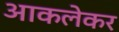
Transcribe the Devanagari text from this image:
आकलेकर